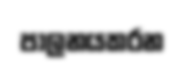
පාලනයකරන